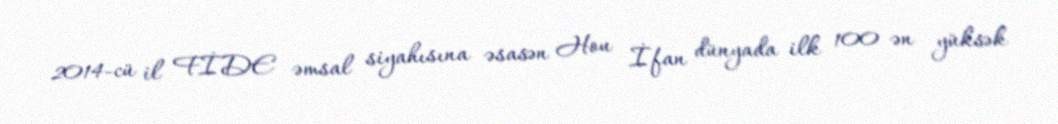
2014-cü il FİDE əmsal siyahısına əsasən Hou İfan dünyada ilk 100 ən yüksək